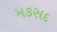
મકસદ